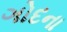
ગોદના